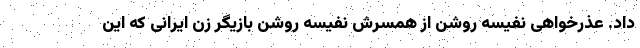
داد. عذرخواهی نفیسه روشن از همسرش نفیسه روشن بازیگر زن ایرانی که این